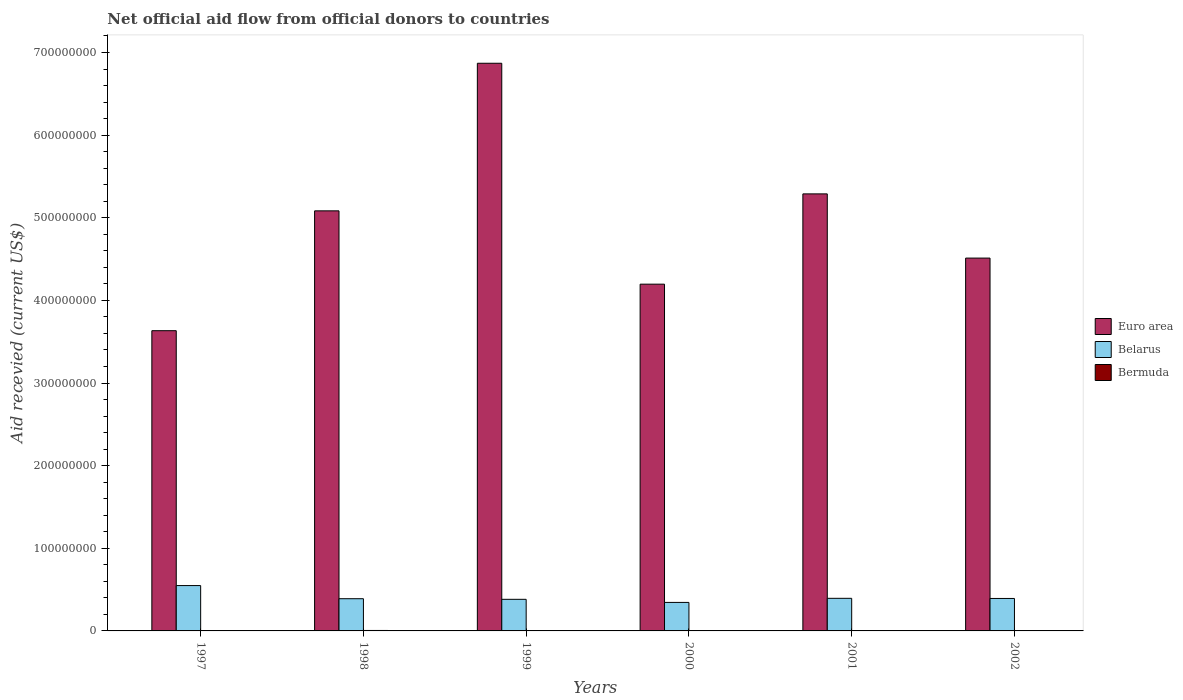
| Years | Euro area | Belarus | Bermuda |
 | --- | --- | --- | --- |
 | 1997 | 3.63e+08 | 5.49e+07 | -8.22e+06 |
 | 1998 | 5.08e+08 | 3.9e+07 | 5.5e+05 |
 | 1999 | 6.87e+08 | 3.82e+07 | 8e+04 |
 | 2000 | 4.2e+08 | 3.45e+07 | 6e+04 |
 | 2001 | 5.29e+08 | 3.94e+07 | 2e+04 |
 | 2002 | 4.51e+08 | 3.93e+07 | 2e+04 |